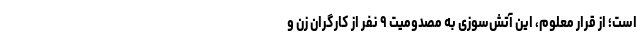
است؛ از قرار معلوم، این آتش‌سوزی به مصدومیت ۹ نفر از کارگران زن و